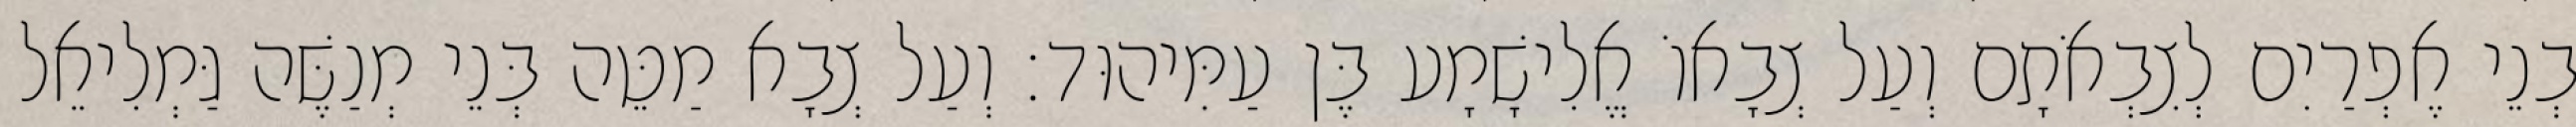
בְנֵי אֶפְרַיִם לְצִבְאֹתָם וְעַל צְבָאוֹ אֱלִישָׁמָע בֶּן עַמִּיהוּד׃ וְעַל צְבָא מַטֵּה בְּנֵי מְנַשֶּׁה גַּמְלִיאֵל